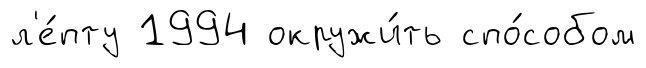
л'е́пту 1994 окружи́ть спо́собом